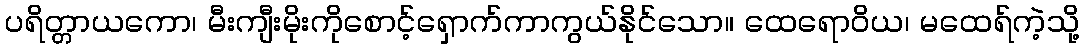
ပရိတ္တာယကော၊ မီးကျီးမိုးကိုစောင့်ရှောက်ကာကွယ်နိုင်သော။ ထေရောဝိယ၊ မထေရ်ကဲ့သို့